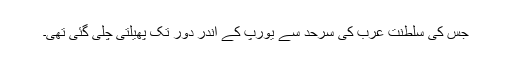
جس کی سلطنت عرب کی سرحد سے یورپ کے اندر دور تک پھیلتی چلی گئی تھی۔